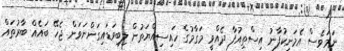
ނަމަވެސް އެމަނިކުފާނު އިސްތިއުފާ ދެއްވީ މަގާމުގެ ހައިސިއްޔަތުން ލިބިވަޑައިގަންނަވަން ޖެހޭ ބައެއް ބާރުތައް